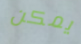
يمكن